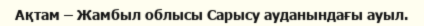
Ақтам – Жамбыл облысы Сарысу ауданындағы ауыл.